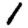
Digit: 1